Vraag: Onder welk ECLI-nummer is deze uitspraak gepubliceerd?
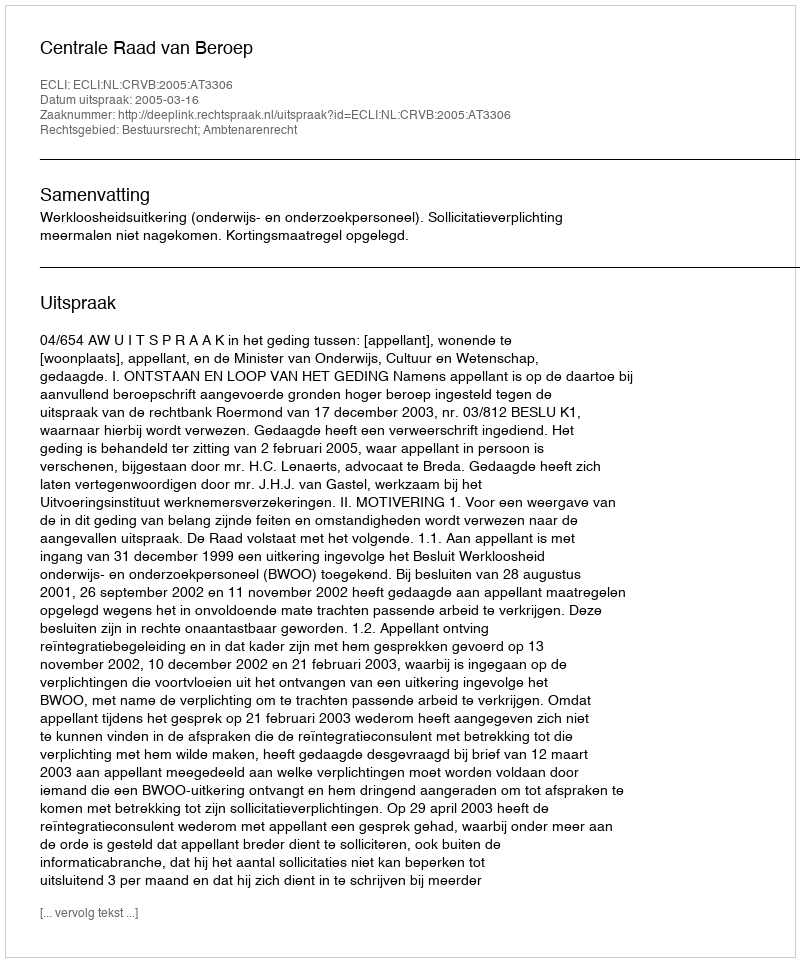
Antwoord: ECLI:NL:CRVB:2005:AT3306